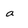
Character: a